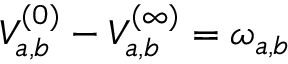
V _ { a , b } ^ { ( 0 ) } - V _ { a , b } ^ { ( \infty ) } = \omega _ { a , b }